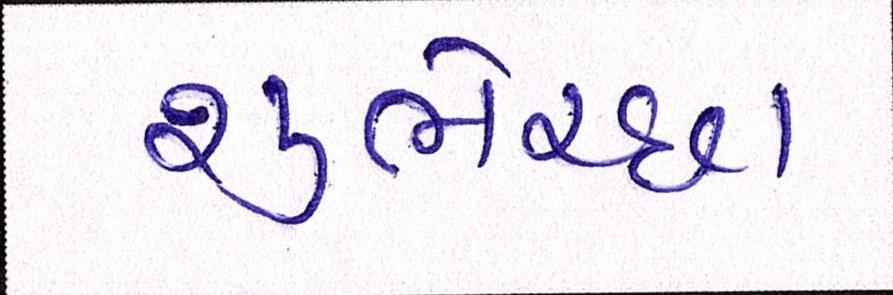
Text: શુભેચ્છા